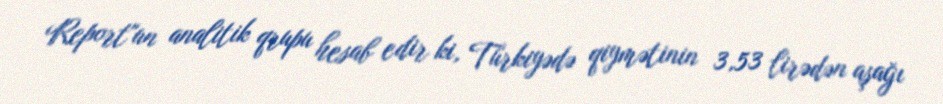
Report"un analitik qrupu hesab edir ki, Türkiyədə qiymətinin 3,53 lirədən aşağı